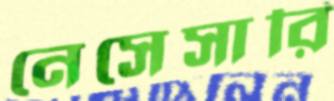
নেসেসারি